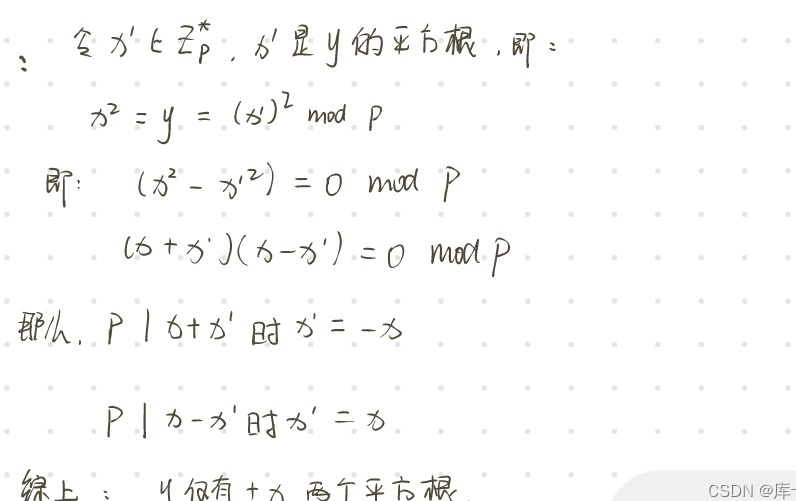
：令$x' \in \mathbb{Z}_p^*$，$x'$是$y$的平方根，即：
\[
x^2 = y = (x')^2 \bmod p
\]
即：
\[
(x^2 - x'^2) = 0 \bmod p
\]
\[
(x + x')(x - x') = 0 \bmod p
\]
那么，$p \mid x + x'$时$x' = -x$
$p \mid x - x'$时$x' = x$
综上：$y$仅有$\pm x$两个平方根